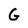
Character: G